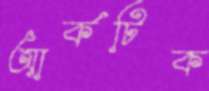
আর্কটিক